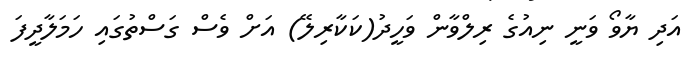
އަދި ޔާވޯ ވަނީ ނިއުގެ ރިލްވާން ވަހީދު(ކަކާރިލޭ) އަށް ވެސް ގަސްތުގައި ހަމަލާދީފަ